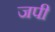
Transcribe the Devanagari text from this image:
जपी